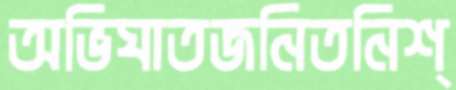
অভিঘাতজনিতনিশ্